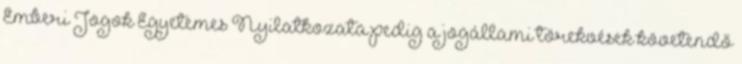
Emberi Jogok Egyetemes Nyilatkozata pedig a jogállami törekvések követendő